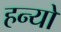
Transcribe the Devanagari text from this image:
हन्‍यो